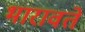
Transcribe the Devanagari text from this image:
भारावते